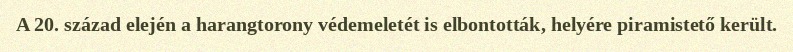
A 20. század elején a harangtorony védemeletét is elbontották, helyére piramistető került.